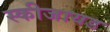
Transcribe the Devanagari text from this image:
स्कीजायड